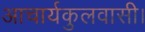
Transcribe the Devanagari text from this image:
आचार्यकुलवासी।